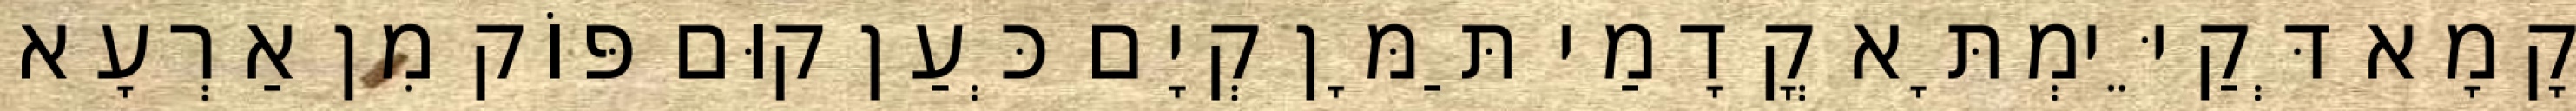
קָמָא דְּקַיֵּימְתָּא קֳדָמַי תַּמָּן קְיָם כְּעַן קוּם פּוֹק מִן אַרְעָא